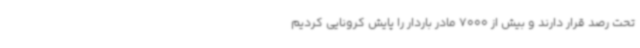
تحت رصد قرار دارند و بیش از 7000 مادر باردار را پایش کرونایی کردیم